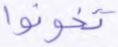
تخونوا